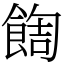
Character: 䭇